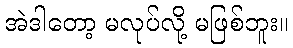
အဲဒါတော့ မလုပ်လို့ မဖြစ်ဘူး။